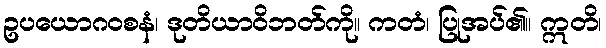
ဥပယောဂဝစနံ၊ ဒုတိယာဝိဘတ်ကို။ ကတံ၊ ပြုအပ်၏။ ဣတိ၊